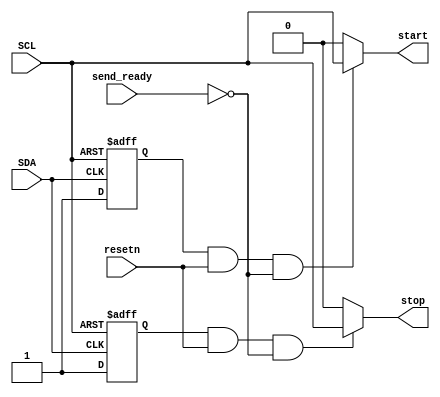
`timescale 1ns / 1ps
//////////////////////////////////////////////////////////////////////////////////
// Company: 
// Engineer: 
// 
// Design Name: 
// Module Name: start_stop_detectors
// Project Name: 
// Target Devices: 
// Tool Versions: 
// Description: 
// 
// Dependencies: 
// 
// Revision:
// Revision 0.01 - File Created
// Additional Comments:
// 
//////////////////////////////////////////////////////////////////////////////////


module start_stop_detectors
(
input SDA,
input SCL,
input resetn,
input send_ready,
output start,
output stop
);

reg start_reg,stop_reg;

always @(negedge SDA or negedge SCL ) begin // START CONDITION
    if (SCL == 1)
        start_reg <= 1;
    else
        start_reg <= 0; 
end
always @(posedge SDA or negedge SCL ) begin // STOP CONDITION
    if (SCL == 1)
        stop_reg <= 1;
    else
        stop_reg <= 0; 
end

assign start = (start_reg & resetn & !send_ready) ? SCL : 0;
assign stop  = (stop_reg & resetn & !send_ready)  ? SCL : 0;    

endmodule